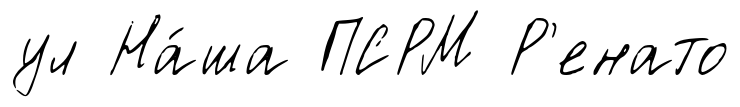
ул На́ша ПСРМ Р'енато